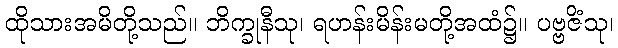
ထိုသားအမိတို့သည်။ ဘိက္ခုနီသု၊ ရဟန်းမိန်းမတို့အထံ၌။ ပဗ္ဗဇိံသု၊